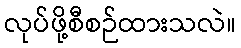
လုပ်ဖို့စီစဉ်ထားသလဲ။